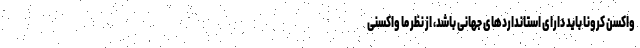
واکسن کرونا باید دارای استاندارد‌های جهانی باشد، از نظر ما واکسنی